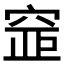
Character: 𥦐